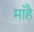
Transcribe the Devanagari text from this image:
मांहै